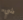
شيء